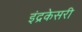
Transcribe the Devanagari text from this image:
इंद्रकेसरी